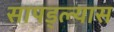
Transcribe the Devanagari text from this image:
सापड्ल्यास